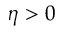
\eta > 0